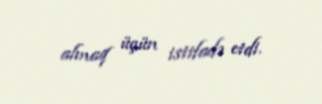
almaq üçün istifadə etdi.